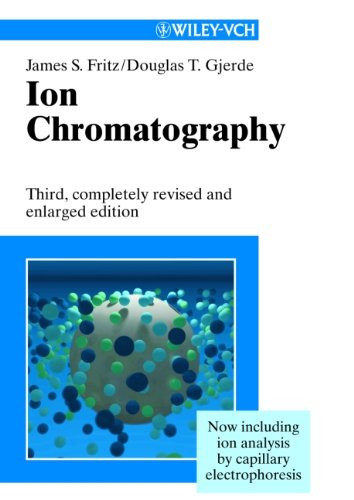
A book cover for Ion Chromatography; James S. Fritz; Science & Math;